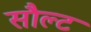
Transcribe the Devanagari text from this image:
सौल्ट